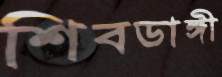
শিবডাঙ্গী